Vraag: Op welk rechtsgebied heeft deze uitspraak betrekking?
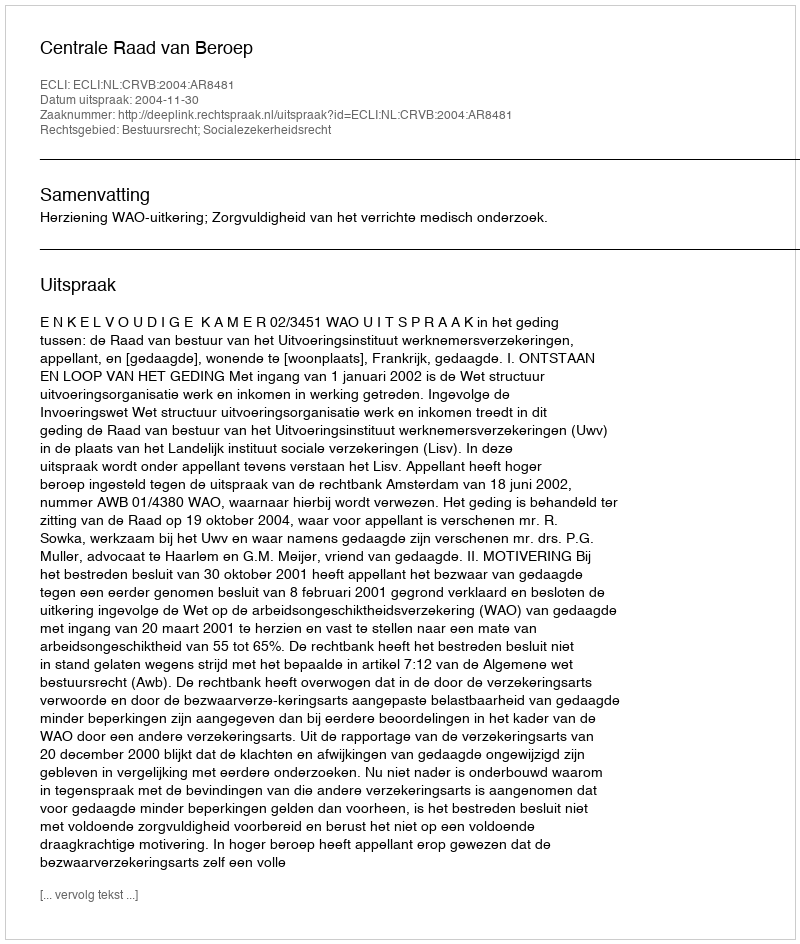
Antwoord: Bestuursrecht; Socialezekerheidsrecht